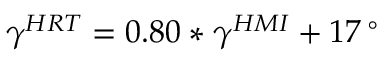
\gamma ^ { H R T } = 0 . 8 0 \ast \gamma ^ { H M I } + 1 7 \, ^ { \circ }